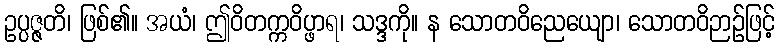
ဥပ္ပဇ္ဇတိ၊ ဖြစ်၏။ အယံ၊ ဤဝိတက္ကဝိပ္ဖာရ၊ သဒ္ဒကို။ န သောတဝိညေယျော၊ သောတဝိဉာဉ်ဖြင့်